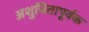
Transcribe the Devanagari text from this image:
अशुचितापूर्वक